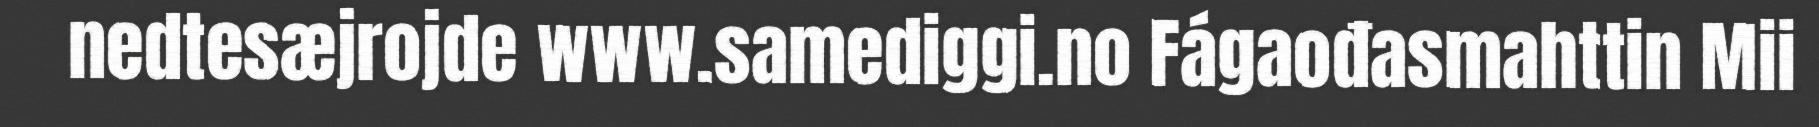
nedtesæjrojde www.samediggi.no Fágaođasmahttin Mii